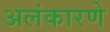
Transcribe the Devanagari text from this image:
अलंकारणे